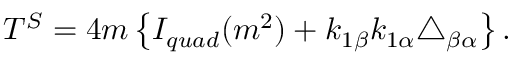
T ^ { S } = 4 m \left\{ I _ { q u a d } ( m ^ { 2 } ) + k _ { 1 \beta } k _ { 1 \alpha } \triangle _ { \beta \alpha } \right\} .